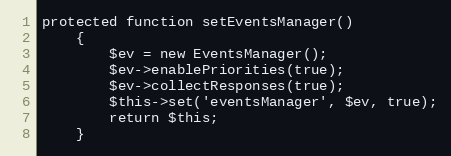
Language: PHP
protected function setEventsManager()
    {
        $ev = new EventsManager();
        $ev->enablePriorities(true);
        $ev->collectResponses(true);
        $this->set('eventsManager', $ev, true);
        return $this;
    }